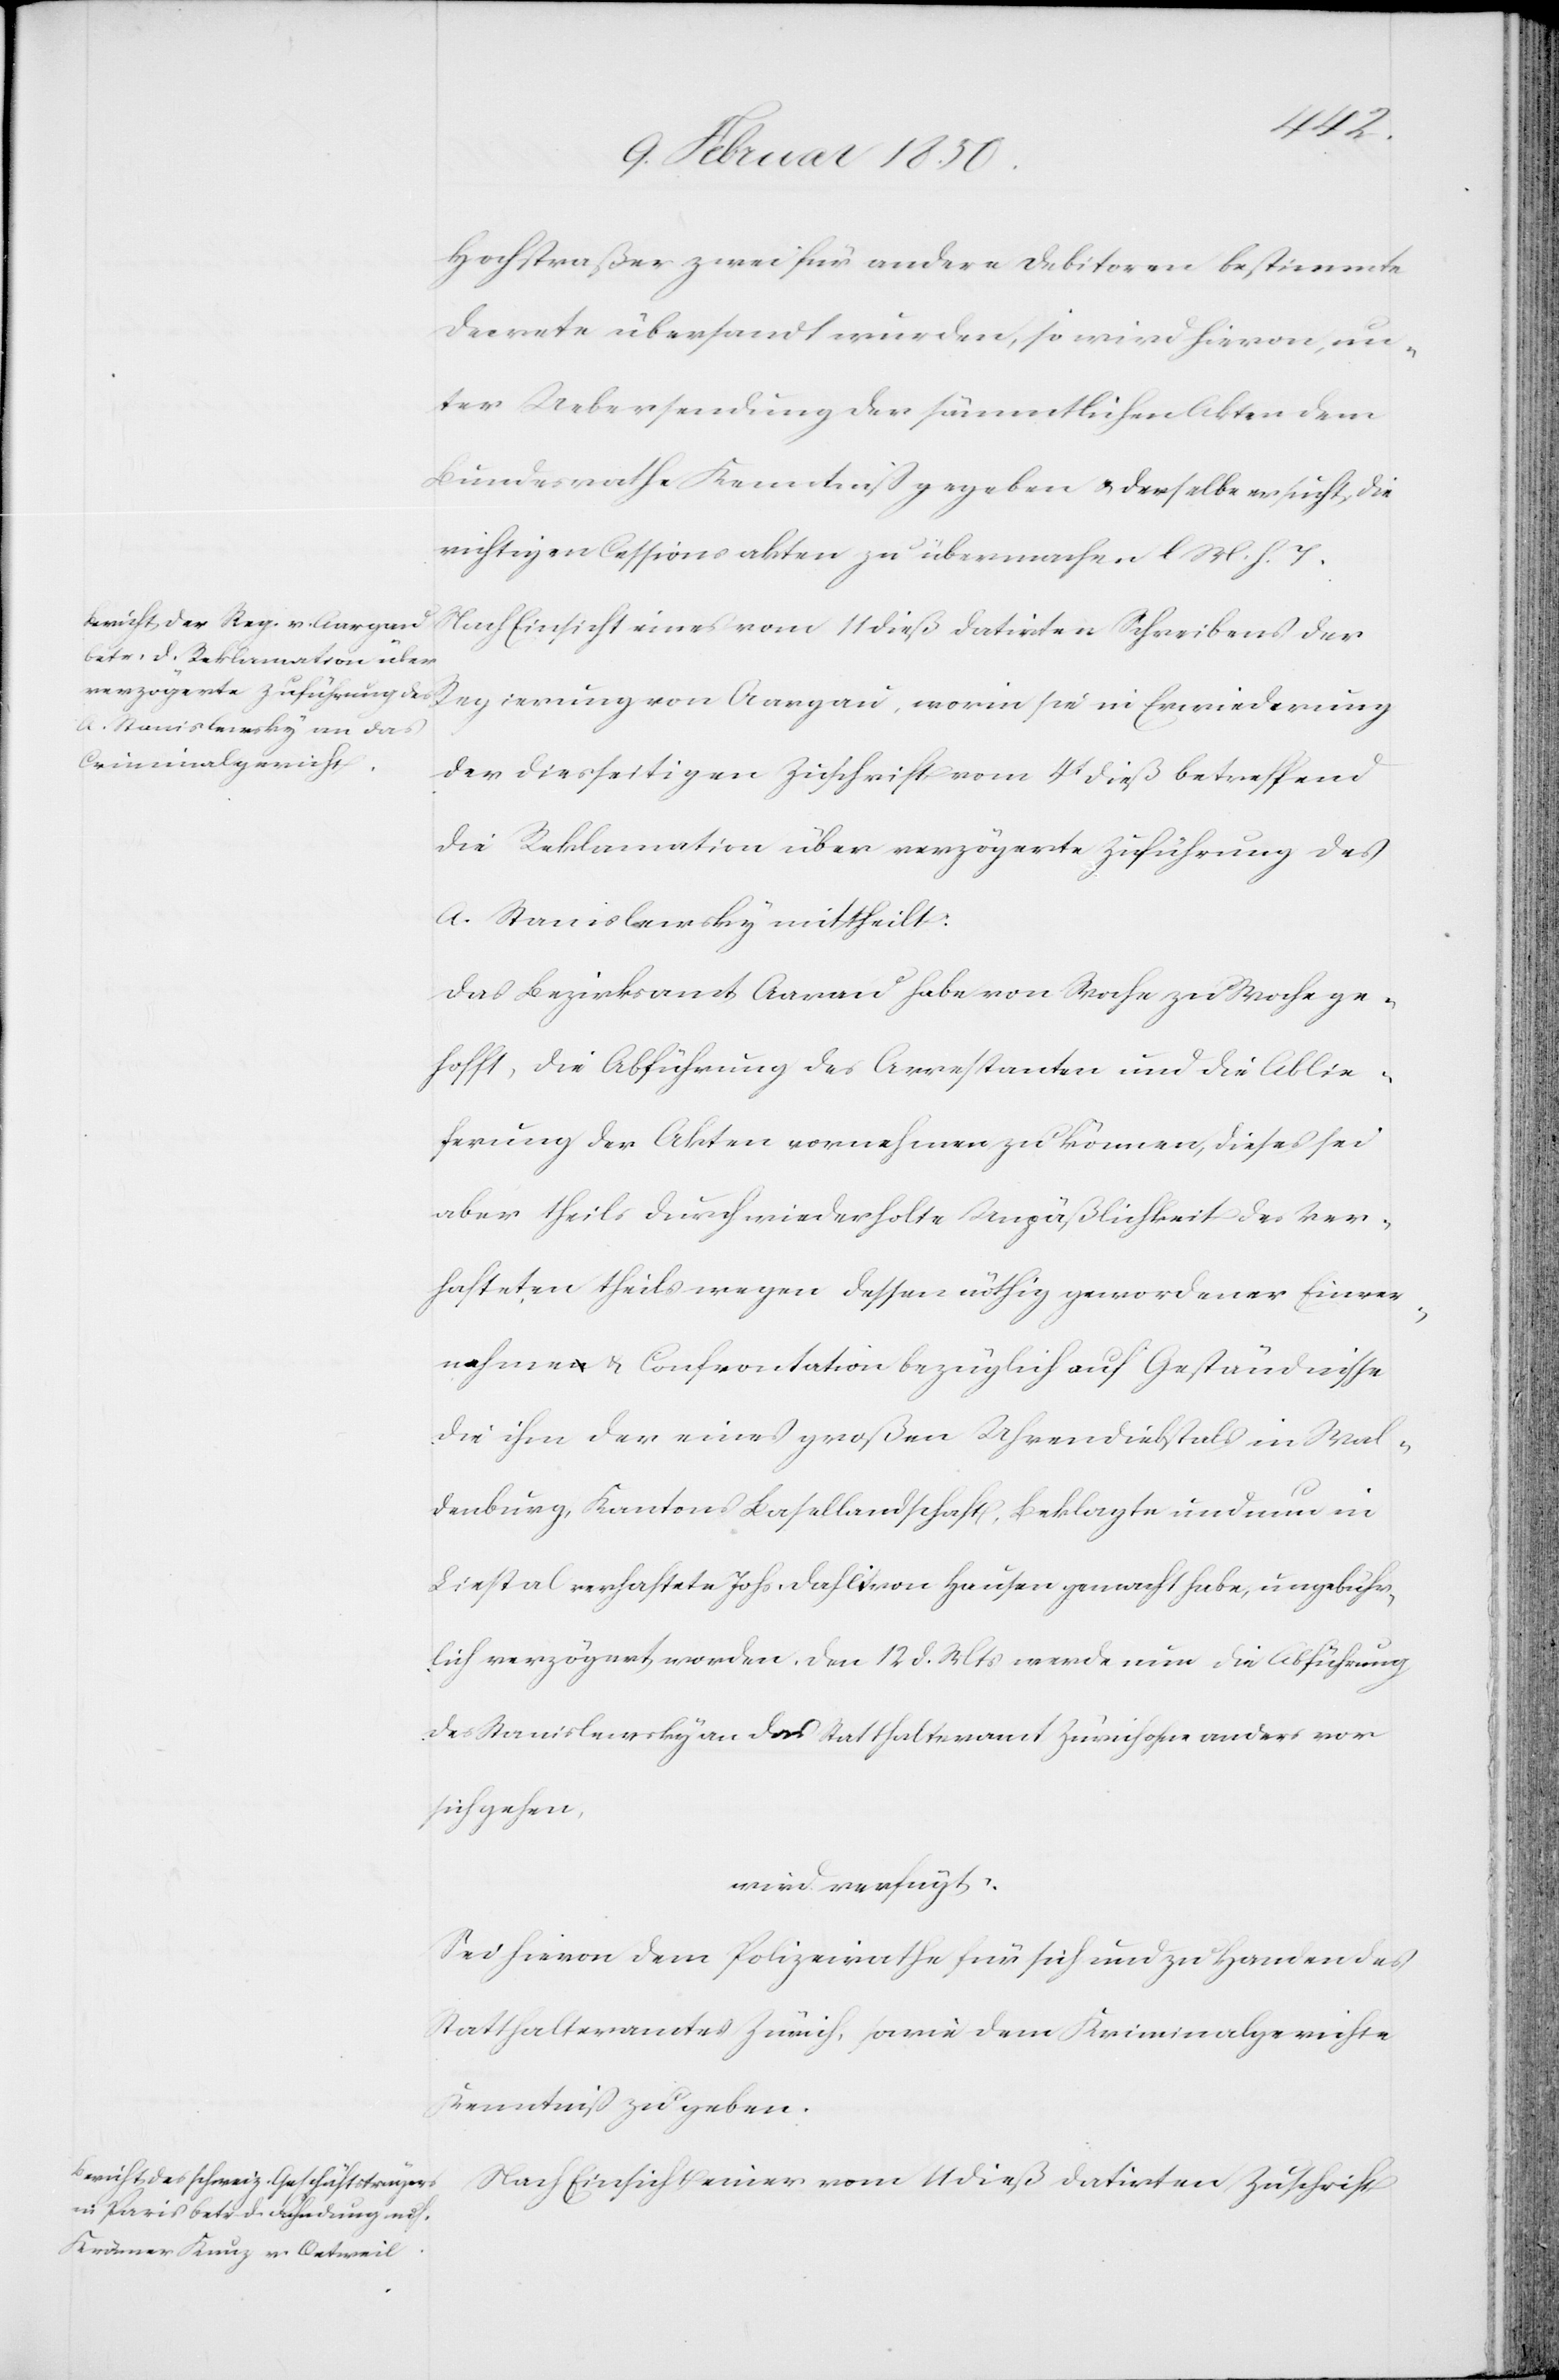
14 Februar 1850]
Hochstraßer zwei für andere Debitoren bestimmte
Decrete übersannt wurden, so wird hievon, un¬
ter Uebersendung der sämmtlichen Akten dem
Bundesrathe Kenntniß gegeben u. derselbe ersucht, die
wichtigen Cessionsakten zu übermachen l. M. v. T.
Nach Einsicht eines vom 11 dieß datirten Schreibens der
Regierung von Aargau, worin sie in Erwiederung
der diesseitigen Zuschrift vom 4t dieß betreffend
die Reklamation über verzögerte Zuführung des
A. Stanislewsky mittheilt:
Das Berzirksamt Aarau habe von Woche zu Woche ge¬
hofft, die Abführung des Arrestanten und die Ablie¬
ferung der Akten vornehmen zu können, dieses sei
aber theils durch wiederholte Unpäßlichkeit des Ver¬
hafteten theils wegen dessen nöthig gewordener Einver¬
nahme u. Confrontation bezüglich auf Geständnisse
die ihm der eines großen Uhrendiebstals in Wal¬
denburg, Kantons Basellandschaft, Beklagte und nun in
Liestal verhaftete Johs Dahli von Hausen gemacht habe, ungebühr¬
lich verzögert worden. Den 12 d. Mts werde nun die Abführung
des Stanislewsky an das Statthalteramt Zürich ohne anders vor
sich gehen.
wird verfügt:
Sei hievon dem Polizeirathe für sich und zu Handen des
Statthalteramtes Zürich, sowie dem Kriminalgerichte
Kenntniß zu geben.
Nach Einsicht einer vom 11 dieß datirten Zuschrift